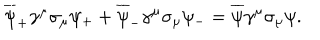
\overline { { { \psi } } } _ { + } \gamma ^ { \mu } \sigma _ { \mu } \psi _ { + } + \overline { { { \psi } } } _ { - } \gamma ^ { \mu } \sigma _ { \mu } \psi _ { - } = \overline { { { \psi } } } \gamma ^ { \mu } \sigma _ { \mu } \psi .